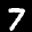
Label: 7